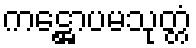
ကဋ္ဌောပမသုတ္တံ